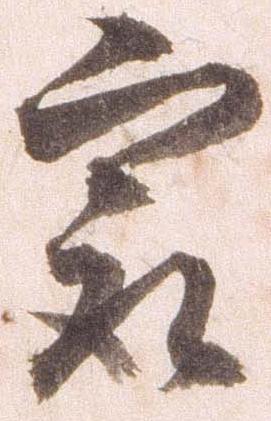
最